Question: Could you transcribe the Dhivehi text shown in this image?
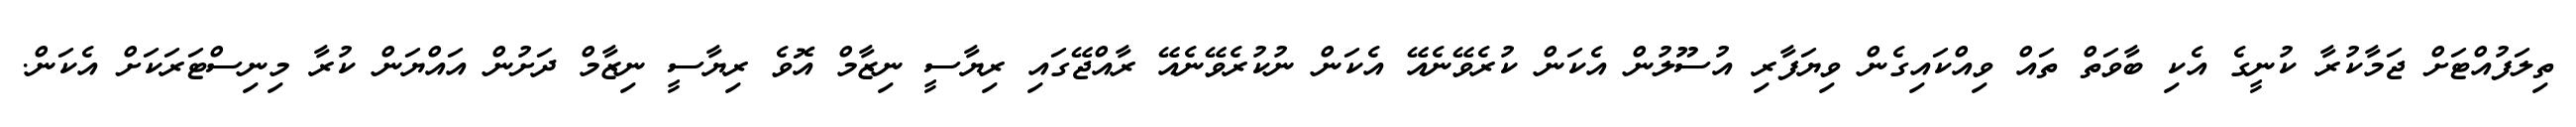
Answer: ތިލަފުއްޓަށް ޖަމާކުރާ ކުނީގެ އެކި ބާވަތް ތައް ވިއްކައިގެން ވިޔަފާރި އުސޫލުން އެކަން ކުރެވޭނެއޭ އެކަން ނުކުރެވޭނެއޭ ރާއްޖޭގައި ރިޔާސީ ނިޒާމް އޮވެ ރިޔާސީ ނިޒާމް ދަށުން އައްޔަން ކުރާ މިނިސްޓަރަކަށް އެކަން.